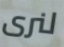
لنرى